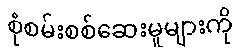
စုံစမ်းစစ်ဆေးမှုများကို